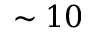
\sim 1 0